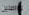
تواصلين